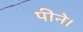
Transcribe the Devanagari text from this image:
पीने।